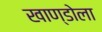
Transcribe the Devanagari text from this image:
खाण्डोला